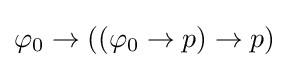
\varphi _{0}\to ((\varphi _{0}\to p)\to p)